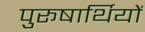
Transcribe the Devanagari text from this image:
पुरूषार्थियों